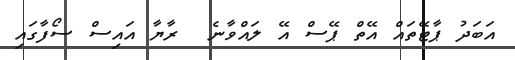
އަބަދު ޕާޓޭތައް އޭތް ޕޭސް އޭ ލައްވާނެ  ރާޔާ އައިސް ސޯފާގައި